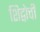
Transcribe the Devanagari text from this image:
शिद्वोची